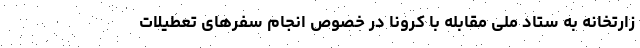
زارتخانه به ستاد ملی مقابله با کرونا در خصوص انجام سفرهای تعطیلات